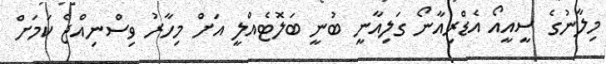
މިލާނުގެ ސީއީއޯ އެޑްރިއާނޯ ގަލިއާނީ ބުނީ ބަލޮޓެއްލީ އަށް މިހާރު ވިސްނިއްޖެ ކަމަށް